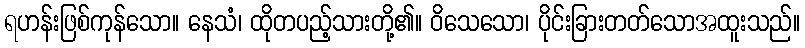
ရဟန်းဖြစ်ကုန်သော။ နေသံ၊ ထိုတပည့်သားတို့၏။ ဝိသေသော၊ ပိုင်းခြားတတ်သောအထူးသည်။